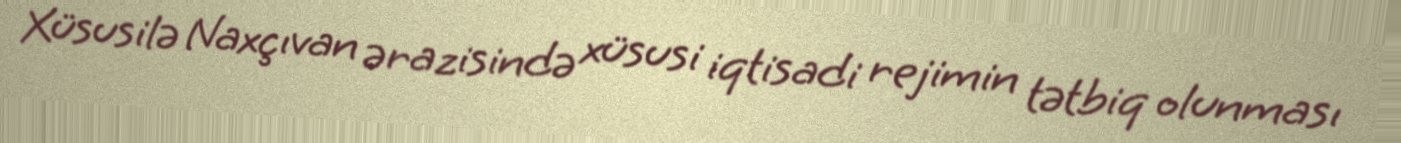
Xüsusilə Naxçıvan ərazisində xüsusi iqtisadi rejimin tətbiq olunması